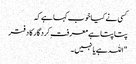
کسی نے کیا خوب کہا ہے کہ
پتا پتا ہے معرفتِ کردگار کا دفتر
"اللہ ہے یا نہیں۔